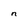
Character: n